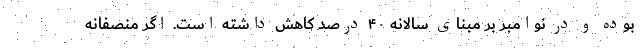
بوده و در نوامبر بر مبنای سالانه ۴۰ درصد کاهش داشته است. اگر منصفانه